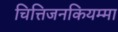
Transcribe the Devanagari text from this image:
चित्तिजनकियम्मा